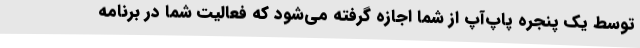
توسط یک پنجره پاپ‌آپ از شما اجازه گرفته می‌شود که فعالیت شما در برنامه